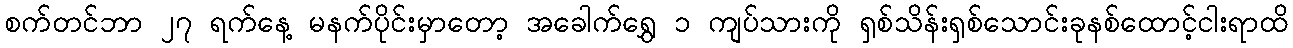
စက်တင်ဘာ ၂၇ ရက်နေ့ မနက်ပိုင်းမှာတော့ အခေါက်ရွှေ ၁ ကျပ်သားကို ရှစ်သိန်းရှစ်သောင်းခုနစ်ထောင့်ငါးရာထိ